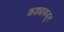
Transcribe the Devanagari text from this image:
कड्याकडून